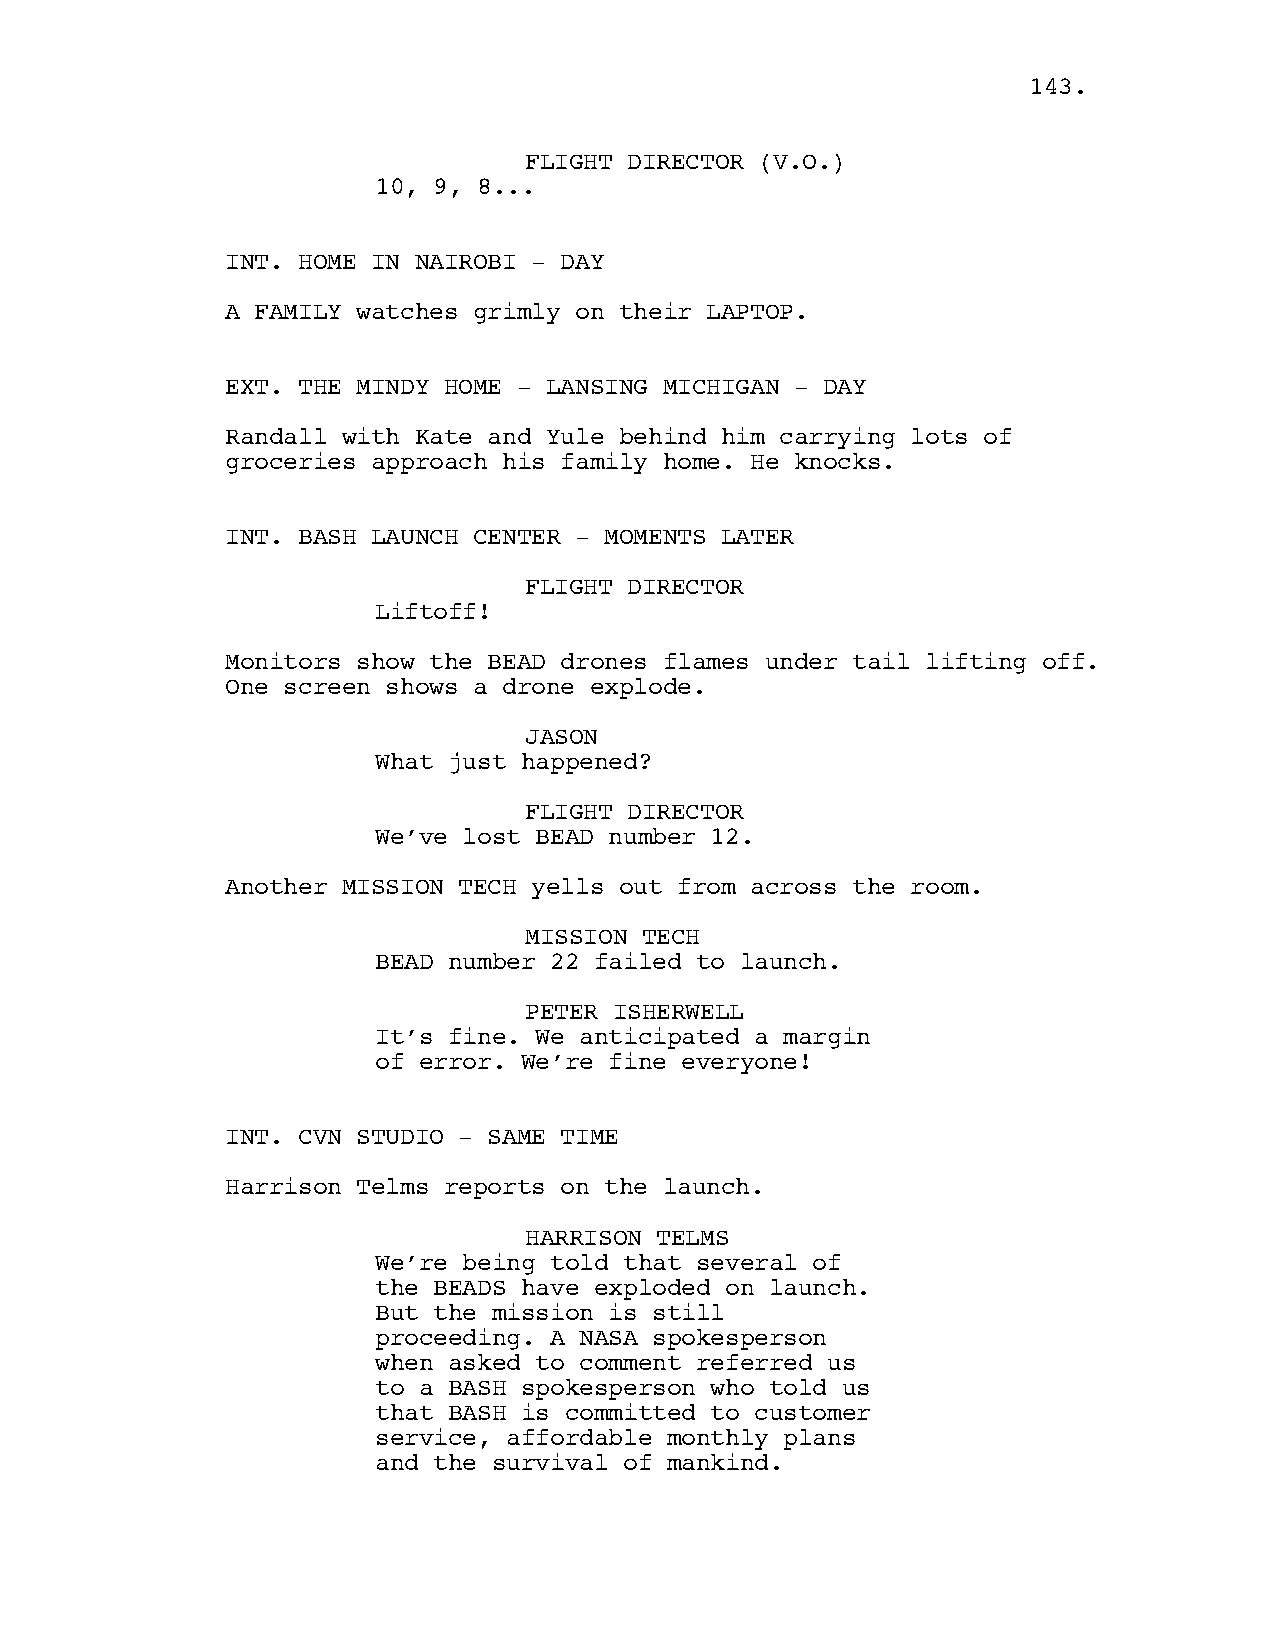
114433..
 FLIGHT DIRECTOR (V.O.)
 10, 9, 8...
 INT. HOME IN NAIROBI - DAY
 A FAMILY watches grimly on their LAPTOP.
 EXT. THE MINDY HOME - LANSING MICHIGAN - DAY
 Randall with Kate and Yule behind him carrying lots of
 groceries approach his family home. He knocks.
 INT. BASH LAUNCH CENTER - MOMENTS LATER
 FLIGHT DIRECTOR
 Liftoff!
 Monitors show the BEAD drones flames under tail lifting off.
 One screen shows a drone explode.
 JASON
 What just happened?
 FLIGHT DIRECTOR
 We’ve lost BEAD number 12.
 Another MISSION TECH yells out from across the room.
 MISSION TECH
 BEAD number 22 failed to launch.
 PETER ISHERWELL
 It’s fine. We anticipated a margin
 of error. We’re fine everyone!
 INT. CVN STUDIO - SAME TIME
 Harrison Telms reports on the launch.
 HARRISON TELMS
 We’re being told that several of
 the BEADS have exploded on launch.
 But the mission is still
 proceeding. A NASA spokesperson
 when asked to comment referred us
 to a BASH spokesperson who told us
 that BASH is committed to customer
 service, affordable monthly plans
 and the survival of mankind.